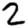
Digit: 2